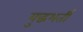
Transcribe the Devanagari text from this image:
युद्धभर्ती